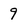
Character: 9